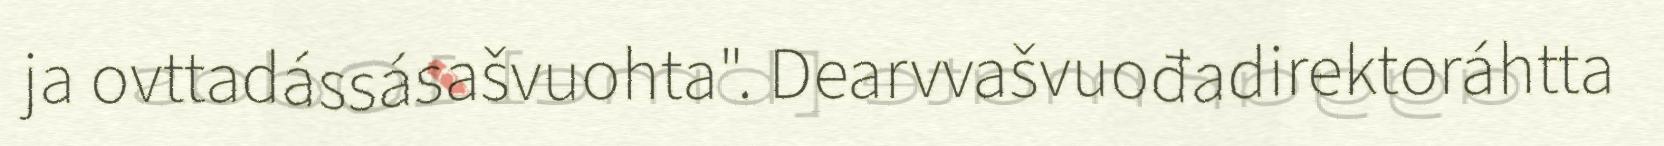
ja ovttadássásašvuohta". Dearvvašvuođadirektoráhtta